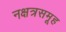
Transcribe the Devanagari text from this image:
नक्षत्रसमूह